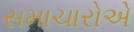
સમાચારોએ